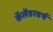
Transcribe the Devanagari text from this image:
कॅलेंडरवर्ष